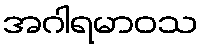
အဂါရမာဝသ